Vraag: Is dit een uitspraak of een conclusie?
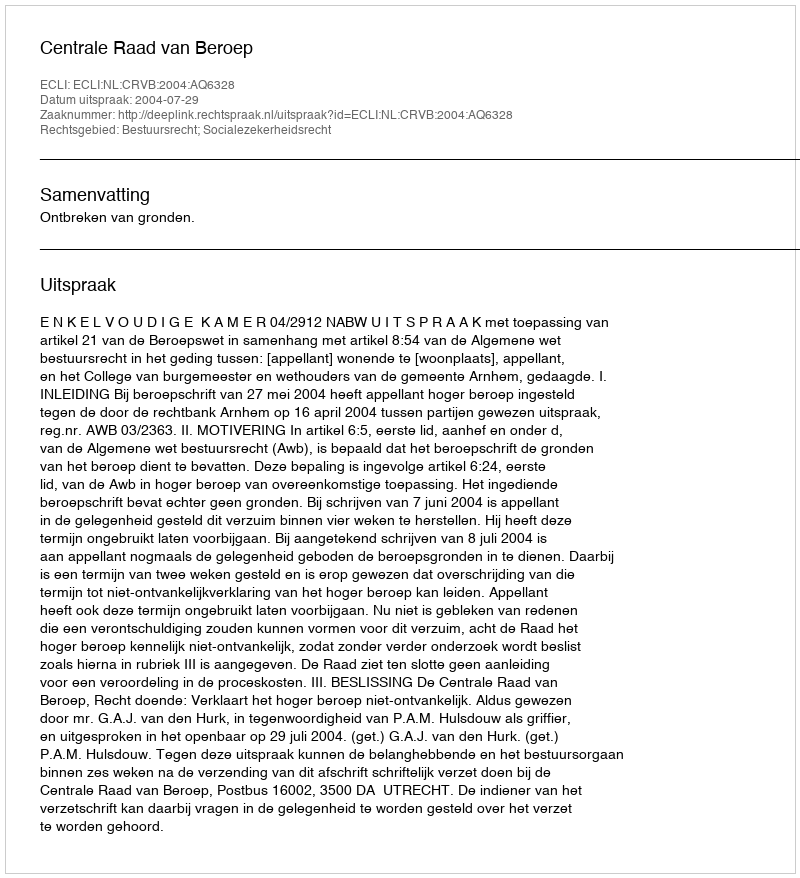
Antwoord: Uitspraak